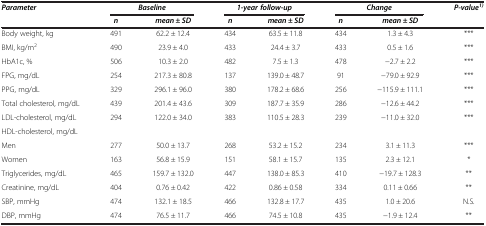
<table><thead><tr><td><b><i>Parameter</i></b></td><td colspan="2"><b><i>Baseline</i></b></td><td colspan="2"><b><i>1-year follow-up</i></b></td><td colspan="2"><b><i>Change</i></b></td><td><b><i>P-value</i><sup><i>1)</i></sup></b></td></tr><tr><td><b> </b></td><td><b><i>n</i></b></td><td><b><i>mean ± SD</i></b></td><td><b><i>n</i></b></td><td><b><i>mean ± SD</i></b></td><td><b><i>n</i></b></td><td><b><i>mean ± SD</i></b></td><td><b> </b></td></tr></thead><tbody><tr><td>Body weight, kg</td><td>491</td><td>62.2 ± 12.4</td><td>434</td><td>63.5 ± 11.8</td><td>434</td><td>1.3 ± 4.3</td><td>***</td></tr><tr><td>BMI, kg/m<sup>2</sup></td><td>490</td><td>23.9 ± 4.0</td><td>433</td><td>24.4 ± 3.7</td><td>433</td><td>0.5 ± 1.6</td><td>***</td></tr><tr><td>HbA1c, %</td><td>506</td><td>10.3 ± 2.0</td><td>482</td><td>7.5 ± 1.3</td><td>478</td><td>−2.7 ± 2.2</td><td>***</td></tr><tr><td>FPG, mg/dL</td><td>254</td><td>217.3 ± 80.8</td><td>137</td><td>139.0 ± 48.7</td><td>91</td><td>−79.0 ± 92.9</td><td>***</td></tr><tr><td>PPG, mg/dL</td><td>329</td><td>296.1 ± 96.0</td><td>380</td><td>178.2 ± 68.6</td><td>256</td><td>−115.9 ± 111.1</td><td>***</td></tr><tr><td>Total cholesterol, mg/dL</td><td>439</td><td>201.4 ± 43.6</td><td>309</td><td>187.7 ± 35.9</td><td>286</td><td>−12.6 ± 44.2</td><td>***</td></tr><tr><td>LDL-cholesterol, mg/dL</td><td>294</td><td>122.0 ± 34.0</td><td>383</td><td>110.5 ± 28.3</td><td>239</td><td>−11.0 ± 32.0</td><td>***</td></tr><tr><td>HDL-cholesterol, mg/dL</td><td> </td><td> </td><td> </td><td> </td><td> </td><td> </td><td> </td></tr><tr><td>Men</td><td>277</td><td>50.0 ± 13.7</td><td>268</td><td>53.2 ± 15.2</td><td>234</td><td>3.1 ± 11.3</td><td>***</td></tr><tr><td>Women</td><td>163</td><td>56.8 ± 15.9</td><td>151</td><td>58.1 ± 15.7</td><td>135</td><td>2.3 ± 12.1</td><td>*</td></tr><tr><td>Triglycerides, mg/dL</td><td>465</td><td>159.7 ± 132.0</td><td>447</td><td>138.0 ± 85.3</td><td>410</td><td>−19.7 ± 128.3</td><td>**</td></tr><tr><td>Creatinine, mg/dL</td><td>404</td><td>0.76 ± 0.42</td><td>422</td><td>0.86 ± 0.58</td><td>334</td><td>0.11 ± 0.66</td><td>**</td></tr><tr><td>SBP, mmHg</td><td>474</td><td>132.1 ± 18.5</td><td>466</td><td>132.8 ± 17.7</td><td>435</td><td>1.0 ± 20.6</td><td>N.S.</td></tr><tr><td>DBP, mmHg</td><td>474</td><td>76.5 ± 11.7</td><td>466</td><td>74.5 ± 10.8</td><td>435</td><td>−1.9 ± 12.4</td><td>**</td></tr></tbody></table>